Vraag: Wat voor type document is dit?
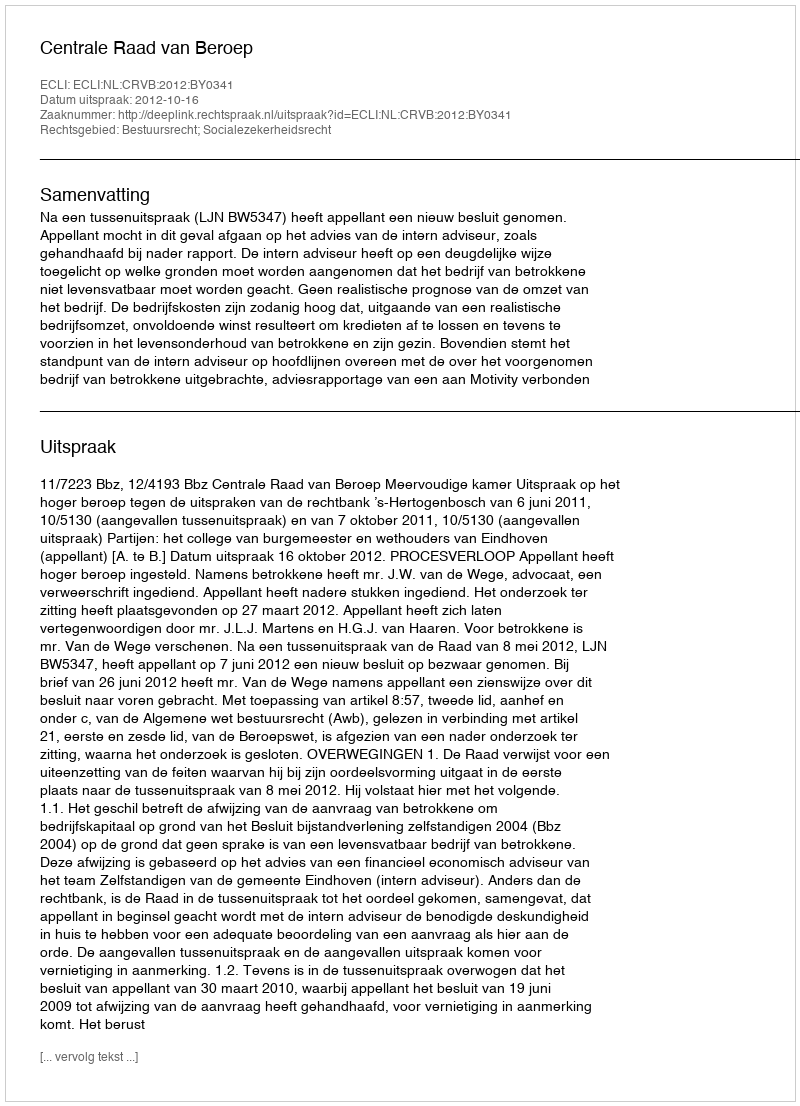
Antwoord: Uitspraak